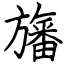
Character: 旛